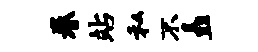
眷站私不矗